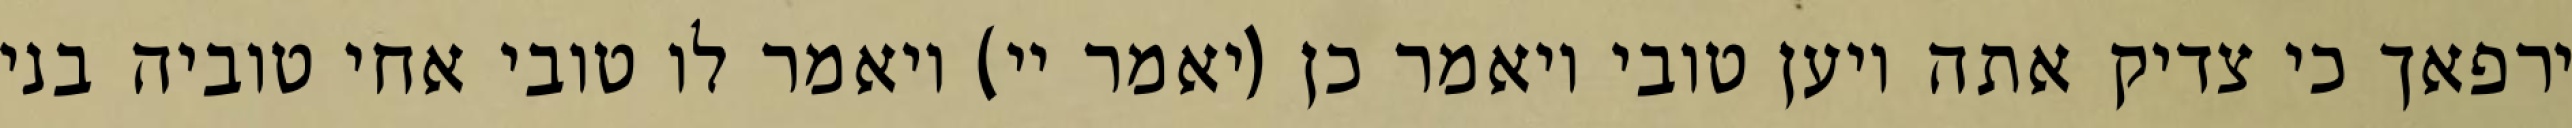
ירפאך כי צדיק אתה ויען טובי ויאמר כן (יאמר יי) ויאמר לו טובי אחי טוביה בני